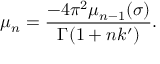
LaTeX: \mu _ { n } = \frac { - 4 \pi ^ { 2 } \mu _ { n - 1 } ( \sigma ) } { \Gamma ( 1 + n k ^ { \prime } ) } .